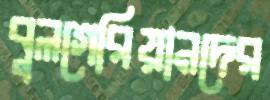
বুলগেরিয়ানদের